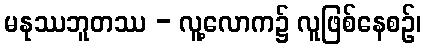
မနုဿဘူတဿ - လူ့လောက၌ လူဖြစ်နေစဉ်၊